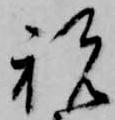
祝